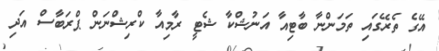
އޭގެ ތެރޭގައި ތަމަންނާ ބާޓިއާ އަނުޝްކާ ޝެޓީ ރާމިއާ ކްރިޝްނަން ޕްރަބާސް އަދި